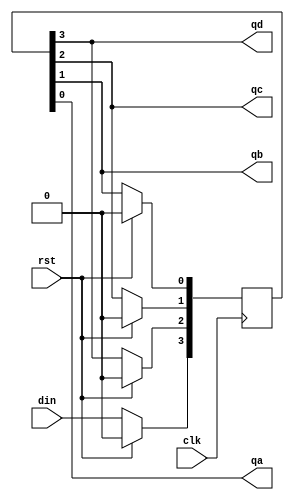
module serial_in_parallel_out(
    input clk,rst,din,
    output qa,qb,qc,qd
    );
	 reg [3:0]q;
	 assign qa= q[0];
	 assign qb= q[1];
	 assign qc= q[2];
    assign qd= q[3];


	 
	 always @ (posedge clk)
	 begin
	 if(rst)
	 begin
	 q<=4'b0000;
	 end
	 else
	 begin
    q<=q>>1;
	 q[3]<=din;
	 q[2]<=q[3];
	 q[1]<=q[2];
	 q[0]<=q[1];
	 end
	 
	 end


endmodule